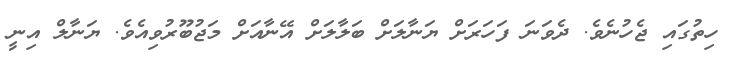
ހިތުގައި ޖެހުނެވެ. ދެވަނަ ފަހަރަށް ޔަނާލަށް ބަލާލަށް އޭނާއަށް މަޖުބޫރުވިއެވެ. ޔަނާލް އިނީ